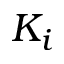
K _ { i }